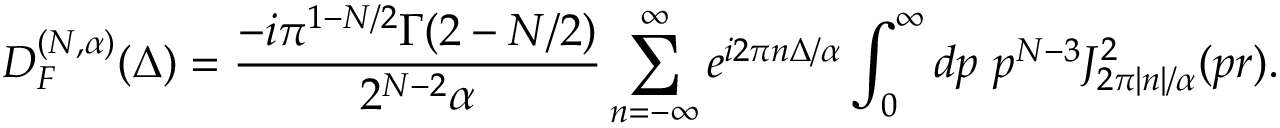
D _ { { \cal F } } ^ { ( N , \alpha ) } ( \Delta ) = \frac { - i \pi ^ { 1 - N / 2 } \Gamma ( 2 - N / 2 ) } { 2 ^ { N - 2 } \alpha } \sum _ { n = - \infty } ^ { \infty } e ^ { i 2 \pi n \Delta / \alpha } \int _ { 0 } ^ { \infty } d p \ p ^ { N - 3 } J _ { 2 \pi | n | / \alpha } ^ { 2 } ( p r ) .